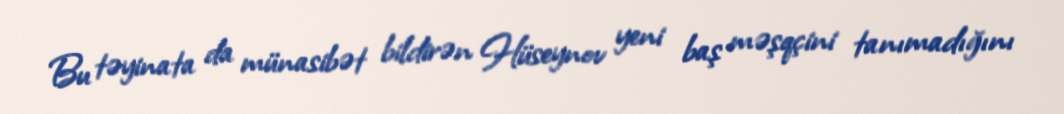
Bu təyinata da münasibət bildirən Hüseynov yeni baş məşqçini tanımadığını